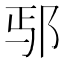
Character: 𫑚